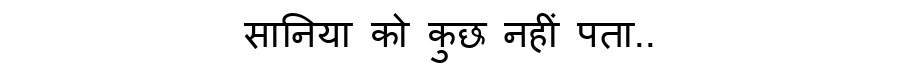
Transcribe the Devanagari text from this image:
सानिया को कुछ नहीं पता..